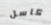
كاسل